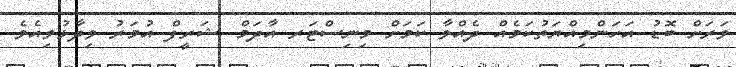
ވަރަށް ބޮޑު އަހަންމިއްޔަތުކަމެއް ދެއްވާ ކަމަށް މިނިސްޓަރ އާދަމް ޝަރީފް އުމަރު ވިދާޅުވިއެވެ.